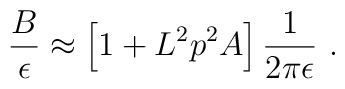
{B\over\epsilon}\approx \left[1+L^2 p^2 A\right]{1\over  2\pi \epsilon }~.